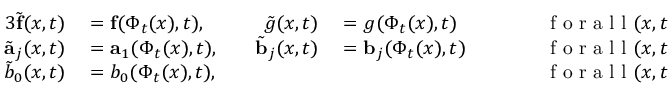
\begin{array} { r l r l r l } { { 3 } \tilde { \mathbf { f } } ( x , t ) } & { { } = \mathbf { f } ( \Phi _ { t } ( x ) , t ) , } & { \quad \tilde { g } ( x , t ) } & { { } = g ( \Phi _ { t } ( x ) , t ) } & { \qquad } & { { } \mathrm { ~ f ~ o ~ r ~ a ~ l ~ l ~ } ( x , t ) \in \Omega _ { 0 } ^ { \pm } \times ( 0 , T ) , } \\ { \tilde { \mathbf { a } } _ { j } ( x , t ) } & { { } = \mathbf { a } _ { 1 } ( \Phi _ { t } ( x ) , t ) , } & { \quad \tilde { \mathbf { b } } _ { j } ( x , t ) } & { { } = \mathbf { b } _ { j } ( \Phi _ { t } ( x ) , t ) } & { \qquad } & { { } \mathrm { ~ f ~ o ~ r ~ a ~ l ~ l ~ } ( x , t ) \in \Gamma _ { 0 } \times ( 0 , T ) , j = 1 , 2 , } \\ { \tilde { b } _ { 0 } ( x , t ) } & { { } = b _ { 0 } ( \Phi _ { t } ( x ) , t ) , } & { } & { { } } & { \qquad } & { { } \mathrm { ~ f ~ o ~ r ~ a ~ l ~ l ~ } ( x , t ) \in \Gamma _ { 0 } \times ( 0 , T ) . } \end{array}